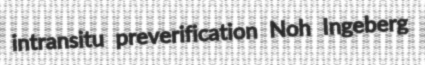
intransitu preverification Noh Ingeberg